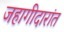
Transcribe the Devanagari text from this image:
जहागीदारांत